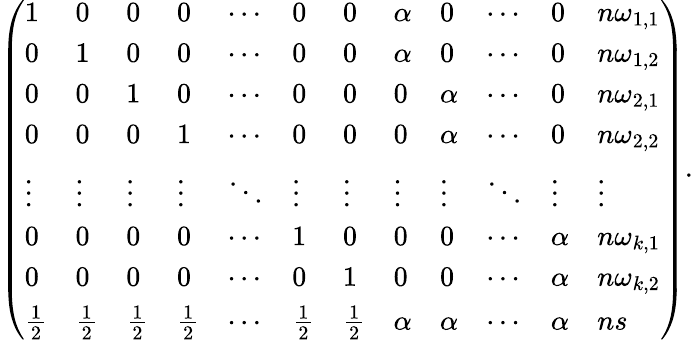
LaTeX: \left(\begin{array}{llllllllllll}{1}&{0}&{0}&{0}&{\cdots}&{0}&{0}&{\alpha}&{0}&{\cdots}&{0}&{n\omega_{1,1}}\\ {0}&{1}&{0}&{0}&{\cdots}&{0}&{0}&{\alpha}&{0}&{\cdots}&{0}&{n\omega_{1,2}}\\ {0}&{0}&{1}&{0}&{\cdots}&{0}&{0}&{0}&{\alpha}&{\cdots}&{0}&{n\omega_{2,1}}\\ {0}&{0}&{0}&{1}&{\cdots}&{0}&{0}&{0}&{\alpha}&{\cdots}&{0}&{n\omega_{2,2}}\\ {\vdots}&{\vdots}&{\vdots}&{\vdots}&{\ddots}&{\vdots}&{\vdots}&{\vdots}&{\vdots}&{\ddots}&{\vdots}&{\vdots}\\ {0}&{0}&{0}&{0}&{\cdots}&{1}&{0}&{0}&{0}&{\cdots}&{\alpha}&{n\omega_{k,1}}\\ {0}&{0}&{0}&{0}&{\cdots}&{0}&{1}&{0}&{0}&{\cdots}&{\alpha}&{n\omega_{k,2}}\\ {\frac{1}{2}}&{\frac{1}{2}}&{\frac{1}{2}}&{\frac{1}{2}}&{\cdots}&{\frac{1}{2}}&{\frac{1}{2}}&{\alpha}&{\alpha}&{\cdots}&{\alpha}&{ns}\end{array}\right).